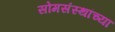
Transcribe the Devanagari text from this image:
सोमसंस्थांच्या